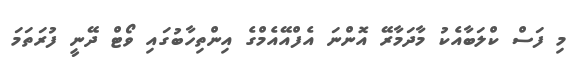
މި ފަސް ކްލަބާއެކު މާދަމާރޭ އޮންނަ އެފްއޭއެމްގެ އިންތިހާބުގައި ވޯޓް ދޭނީ ފުރަތަމަ